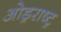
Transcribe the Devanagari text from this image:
ओड्रराष्ट्र